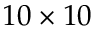
1 0 \times 1 0